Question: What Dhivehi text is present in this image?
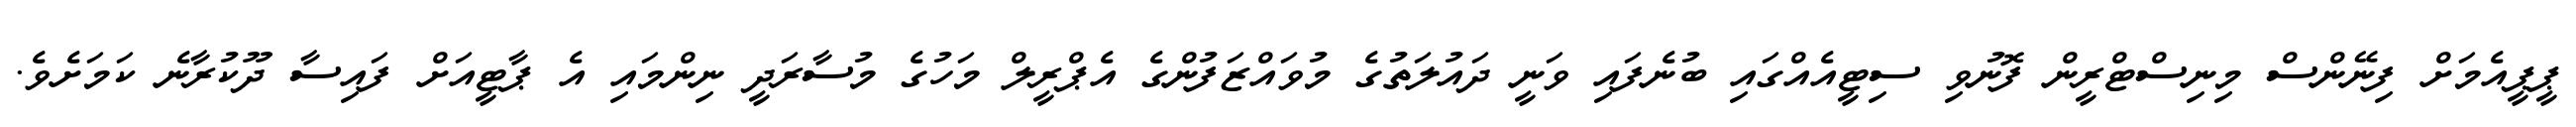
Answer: ޕީޕީއެމަށް ފިނޭންސް މިނިސްޓްރީން ފޮނުވި ސިޓީއެއްގައި ބުނެފައި ވަނީ ދައުލަތުގެ މުވައްޒަފުންގެ އެޕްރީލް މަހުގެ މުސާރަދީ ނިންމައި އެ ޕާޓީއަށް ފައިސާ ދޫކުރާނެ ކަމަށެވެ.